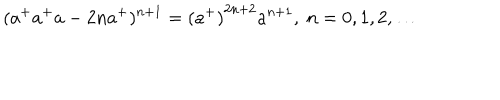
( a ^ { + } a ^ { + } a - 2 n a ^ { + } ) ^ { n + 1 } = { ( a ^ { + } ) } ^ { 2 n + 2 } a ^ { n + 1 } , \ n = 0 , 1 , 2 , \ldots